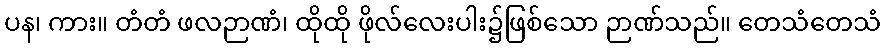
ပန၊ ကား။ တံတံ ဖလဉာဏံ၊ ထိုထို ဖိုလ်လေးပါး၌ဖြစ်သော ဉာဏ်သည်။ တေသံတေသံ